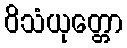
ဝိသံယုတ္တော